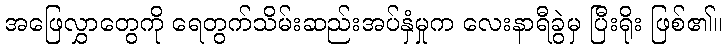
အဖြေလွှာတွေကို ရေတွက်သိမ်းဆည်းအပ်နှံမှုက လေးနာရီခွဲမှ ပြီးရိုး ဖြစ်၏။